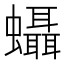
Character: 𧕩